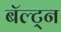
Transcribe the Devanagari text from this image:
बॅल्ट्न